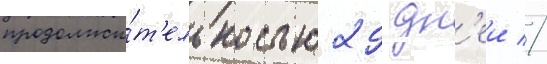
продолжи́т'ельностью 29 дн'еи //